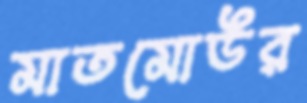
মাতমোউর